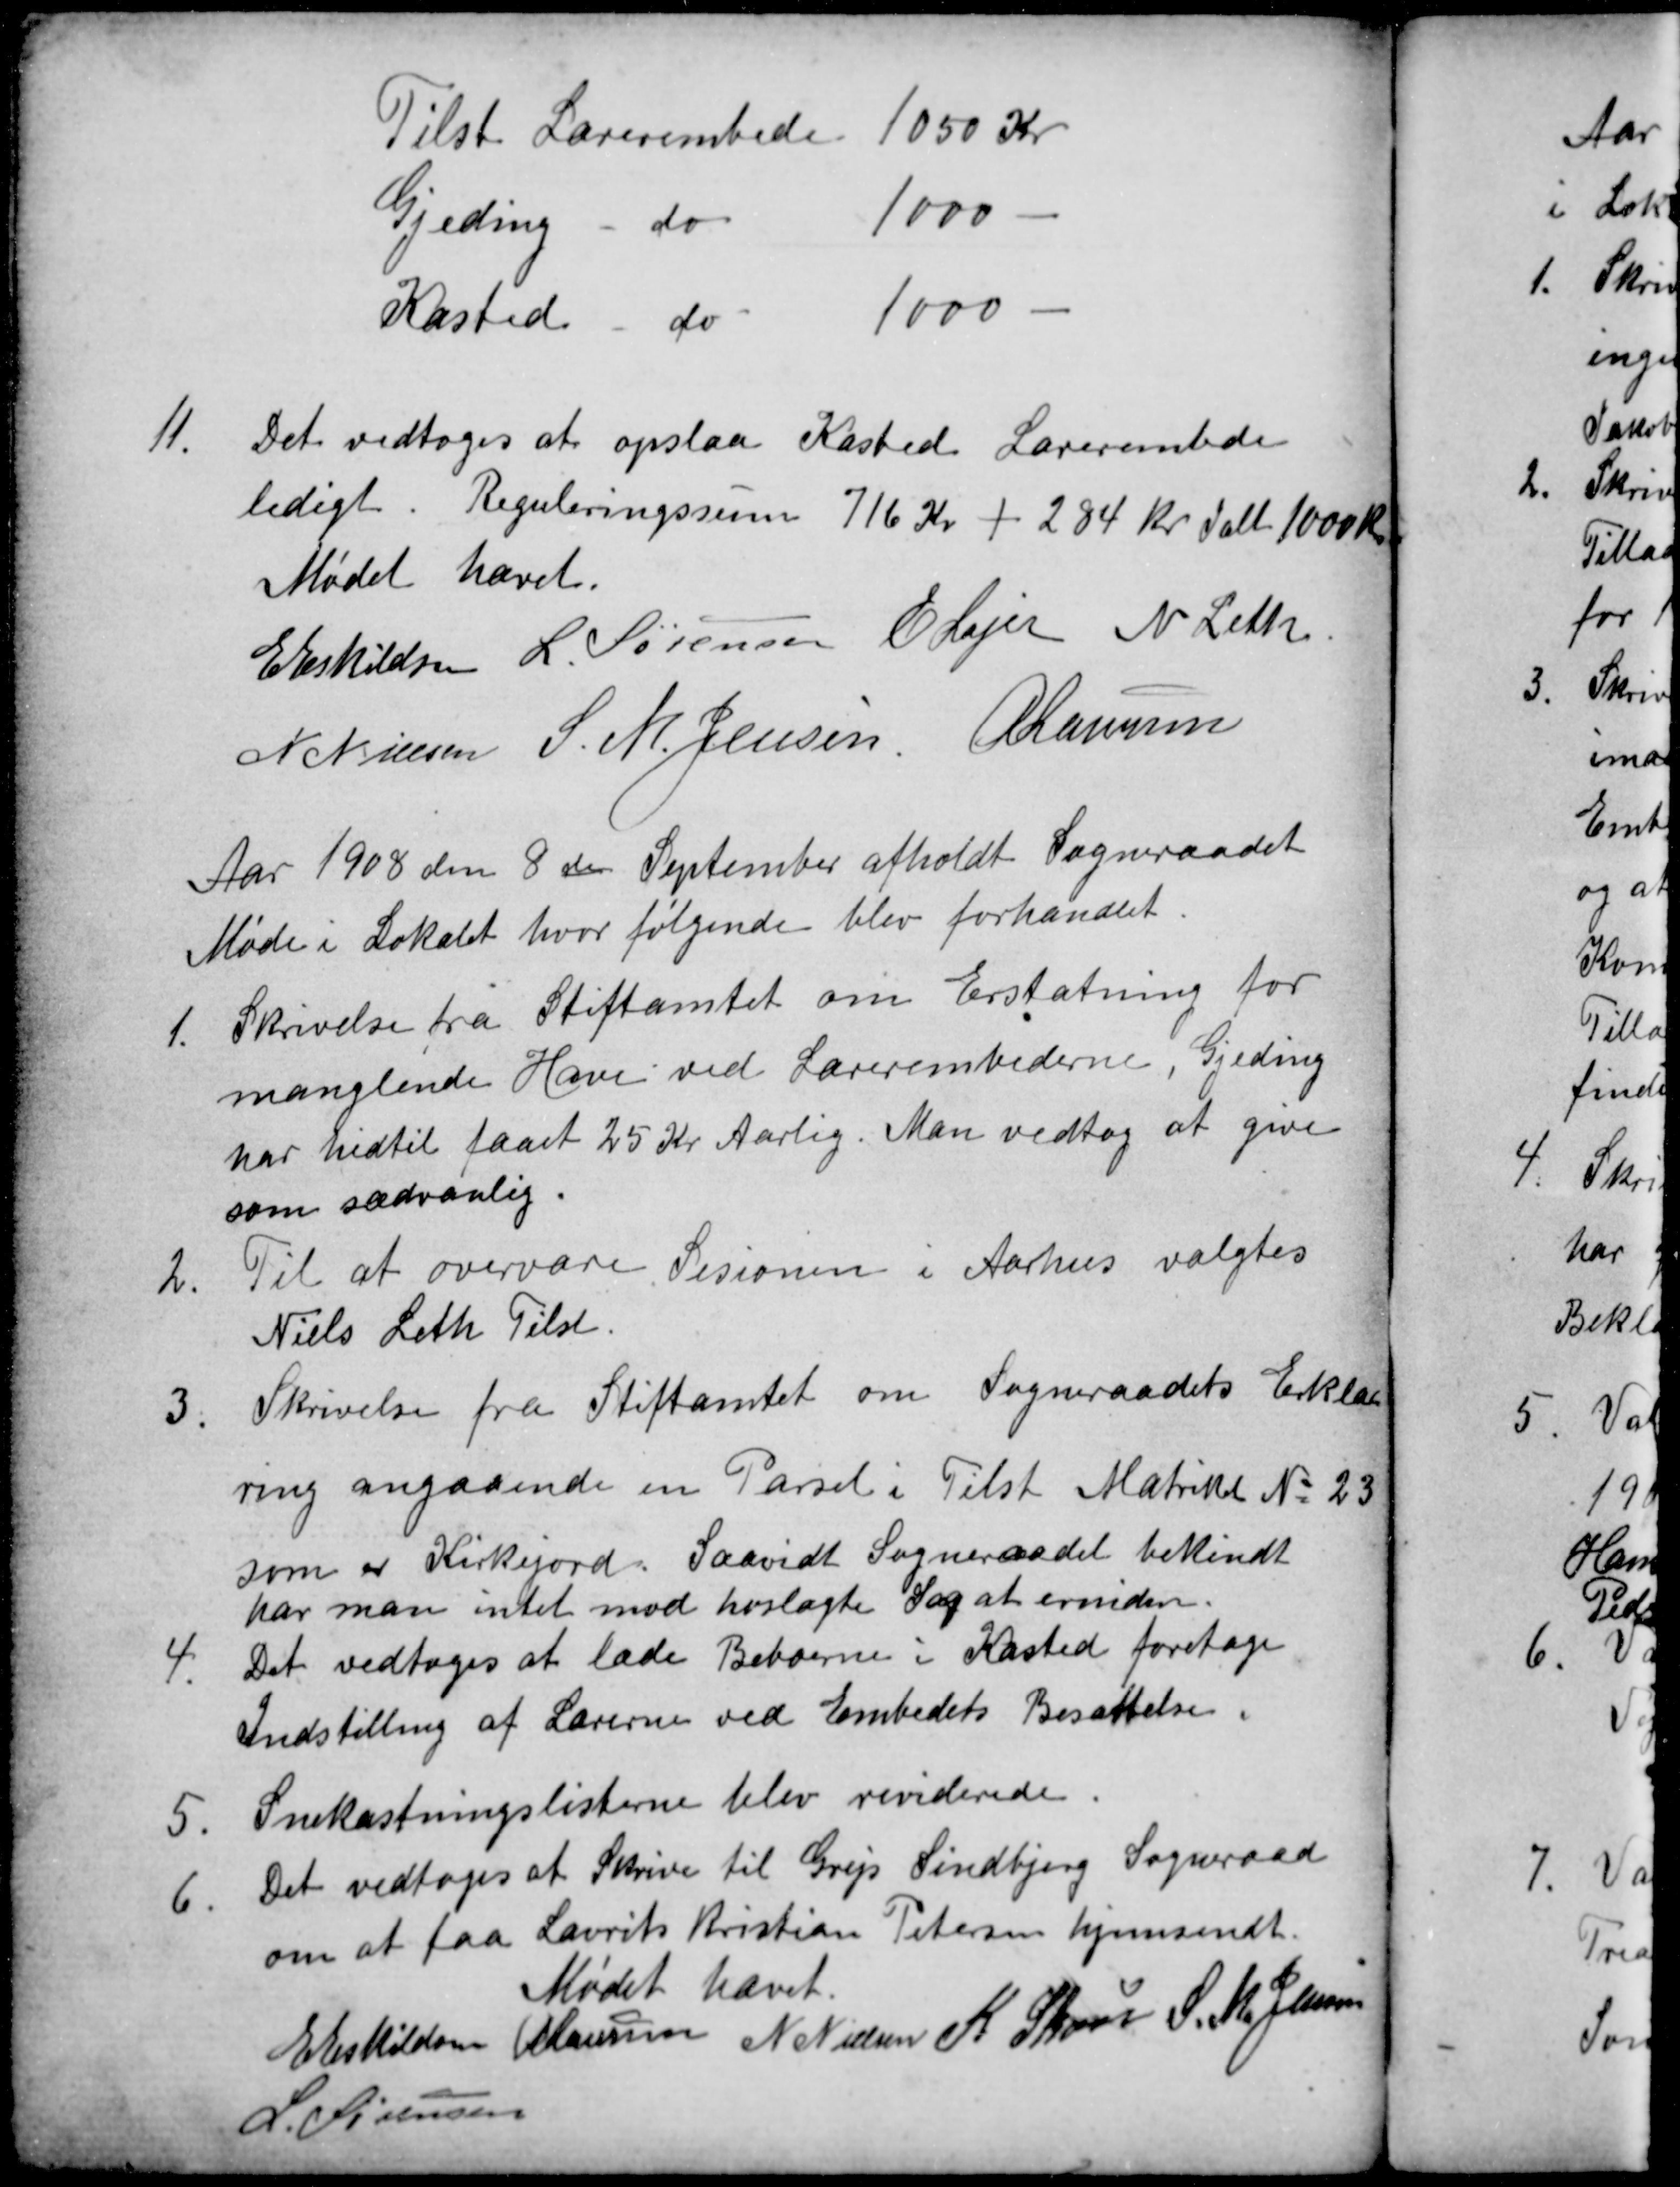
Transskription:
Tilst Lærerembede 1050 Kr
Gjeding
do
1000
Kasted
do
1000
11.
Det vedtoges at opslaa Kasted Lærerembede
ledigt. Reguleringssum 716 Kr + 284 Kr ialt 1000 Kr
Mødet hævet.
E Eskildsen L. Sørensen E Lajer N Leth
N Nielsen S. M. Jensen A Laursen
Aar 1908 den 8de September afholdt Sogneraadet
Møde i Lokalet hvor følgende blev forhandlet.
1.
Skrivelse fra Stiftamtet om Erstatning for
manglende Have ved Lærerembederne, Gjeding
har hidtil faaet 25 Kr Aarlig. Man vedtog at give
som sædvanlig.
2.
Til at overvære Sesionen i Aarhus valgtes
Niels Leth Tilst.
3.
Skrivelse fra Stiftamtet om Sogneraadets Erklæ
ring angaaende en Parsel i Tilst Matrikel № 23
som er Kirkejord. Saavidt Sogneraadet bekindt
har man intet mod hoslagte Sag at erindre.
4.
Det vedtoges at lade Beboerne i Kasted foretage
Indstilling af Lærerne ved Embedets Besættelse.
5.
Snekastningslisterne blev reviderede.
6.
Det vedtoges at Skrive til Grejs Sindbjerg Sogneraad
om at faa Laurits Kristian Petersen hjemsendt.
Mødet hævet.
E Eskildsen A Laursen N Nielsen K Skou S. M. Jensen
L. Sørensen